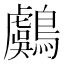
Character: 鸆